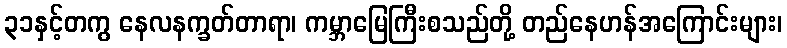
၃၁နှင့်တကွ နေလနက္ခတ်တာရာ၊ ကမ္ဘာမြေကြီးစသည်တို့ တည်နေဟန်အကြောင်းများ၊